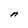
Character: n